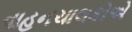
વાહનચાલકોએ